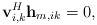
\begin{align*}\mathbf{v}_{i,k}^H\mathbf{h}_{m,ik}=0,\end{align*}